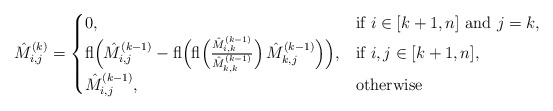
\begin{align*}\hat M^{(k)}_{i,j} & = \begin{cases} 0, & \mbox{if } i\in [k+1,n] \mbox{ and } j=k, \\{\rm fl} \Big( \hat M^{(k-1)}_{i,j} - {\rm fl}\Big({\rm fl}\Big(\frac{ \hat M^{(k-1)}_{i,k}}{ \hat M^{(k-1)}_{k,k}}\Big)\, \hat M^{(k-1)}_{k,j}\Big) \Big), &\mbox{if } i,j \in [k+1,n], \\ \hat M^{(k-1)}_{i,j}, & \mbox{otherwise}\end{cases} \end{align*}